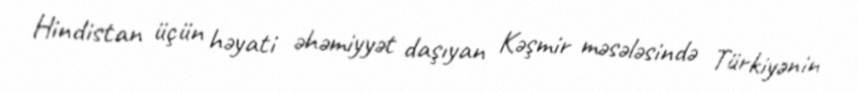
Hindistan üçün həyati əhəmiyyət daşıyan Kəşmir məsələsində Türkiyənin